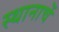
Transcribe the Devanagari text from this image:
स्थानाचें